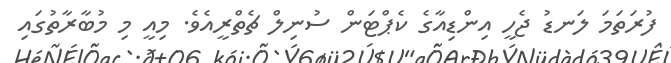
ފުރަތަމަ ލަނޑު ޖެހީ އިންޑިއާގެ ކެޕްޓަން ސުނިލް ޗެތްރީއެވެ. މިއީ މި މުބާރާތުގައި